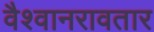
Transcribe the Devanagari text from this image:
वैश्वानरावतार